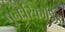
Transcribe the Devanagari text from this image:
पुनःरिकॉर्डिड